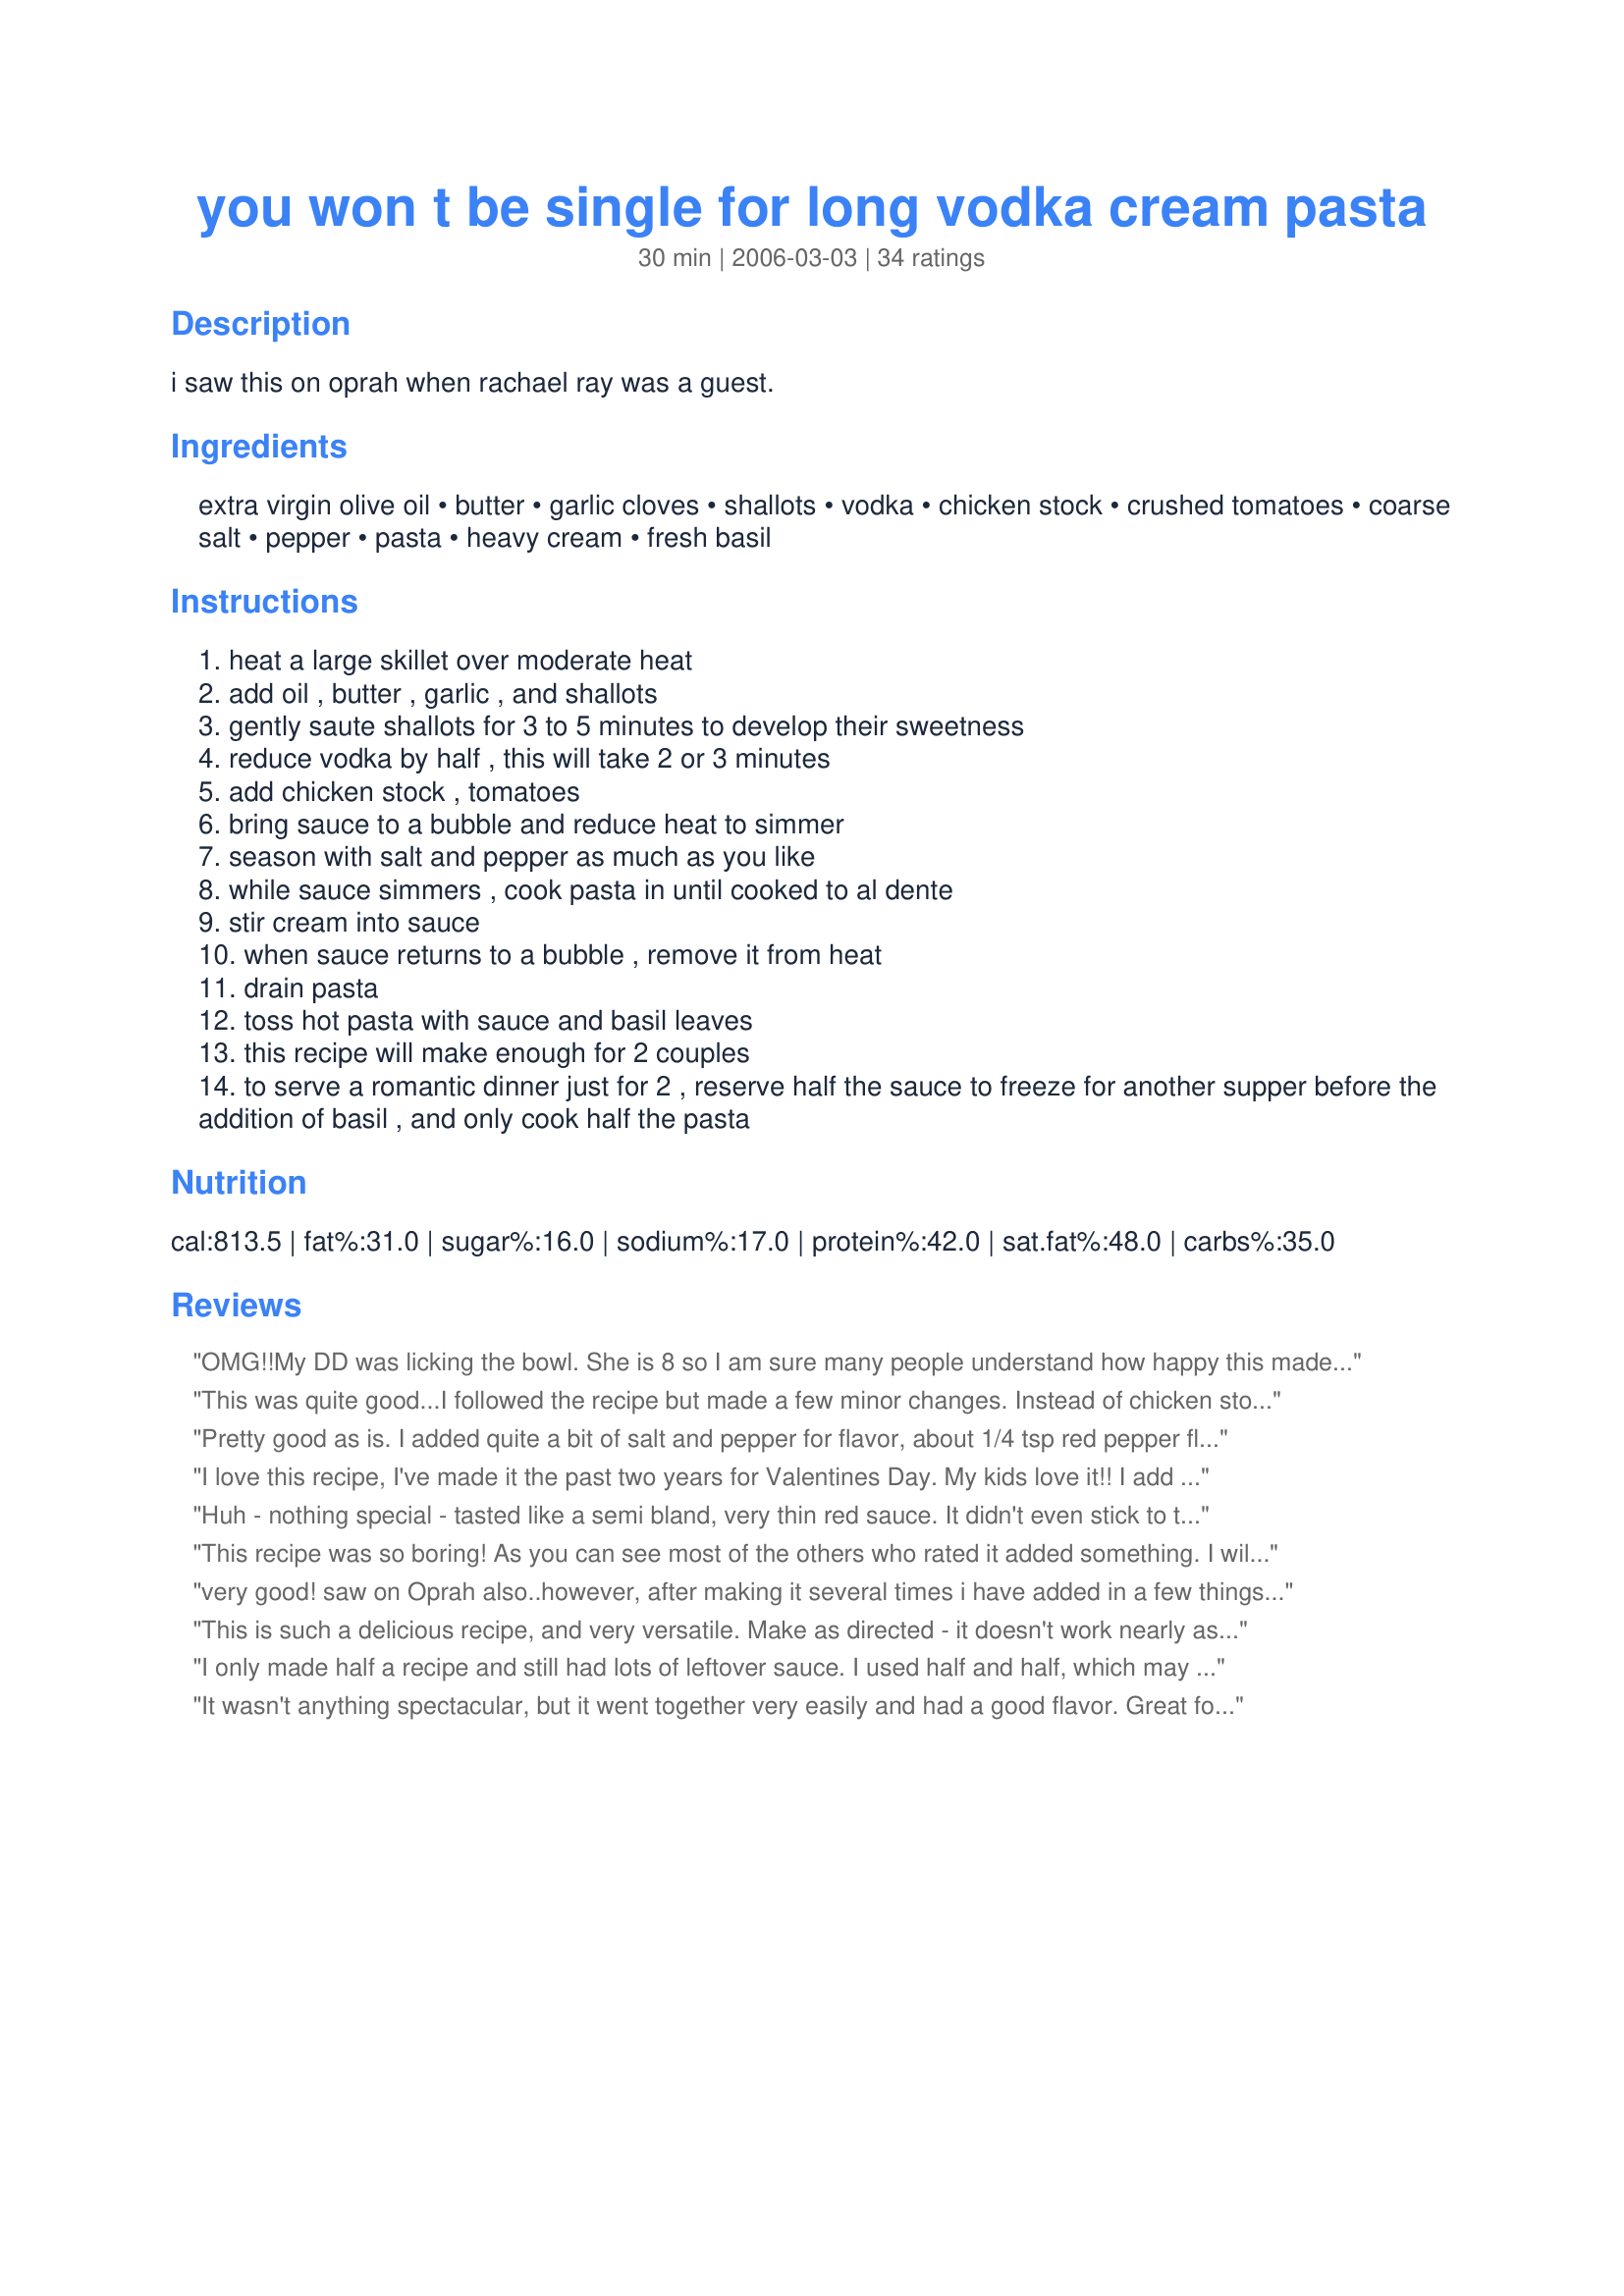
you won t be single for long vodka cream pasta
Preparation time: 30 minutes

i saw this on oprah when rachael ray was a guest.

Ingredients:
extra virgin olive oil, butter, garlic cloves, shallots, vodka, chicken stock, crushed tomatoes, coarse salt, pepper, pasta, heavy cream, fresh basil

Steps:
heat a large skillet over moderate heat
add oil , butter , garlic , and shallots
gently saute shallots for 3 to 5 minutes to develop their sweetness
reduce vodka by half , this will take 2 or 3 minutes
add chicken stock , tomatoes
bring sauce to a bubble and reduce heat to simmer
season with salt and pepper as much as you like
while sauce simmers , cook pasta in until cooked to al dente
stir cream into sauce
when sauce returns to a bubble , remove it from heat
drain pasta
toss hot pasta with sauce and basil leaves
this recipe will make enough for 2 couples
to serve a romantic dinner just for 2 , reserve half the sauce to freeze for another supper before the addition of basil , and only cook half the pasta

Reviews:
OMG!!My DD was licking the bowl. She is 8 so I am sure many people understand how happy this made me. She wants me to keep this recipe a family secret. I loved it too. Thanks for sharing * Pamela * !
This was quite good...I followed the recipe but made a few minor changes. Instead of chicken stock I used vegetable broth...and instead of fresh basil I used crushed basil from the spice rack. For the salt, I found that I had to add about 1 Tbsp. salt.
I did find the sauce a bit runny at the end so I added about 1/2 cup grated Parmesan Cheese to absorb some of the liquid and thicken it up. After sitting for about 5 minutes it thickened up a bit. However, I think next time I think I might try only 1/2 cup broth instead.
I will definitely make this again.

thanks.
Pretty good as is. I added quite a bit of salt and pepper for flavor, about 1/4 tsp red pepper flakes and topped with parmigiana cheese. The sauce was a bit thin so I may reduce the chicken stock and crushed tomatoes next time. It was very flavorful. The basil makes a huge difference. I would definitely make again.
I love this recipe, I've made it the past two years for Valentines Day. My kids love it!! I add shrimp to mine.
Huh - nothing special - tasted like a semi bland, very thin red sauce. It didn't even stick to the pasta....however, the liquid was yummy when sopped up by the bread we served along side.
This recipe was so boring! As you can see most of the others who rated it added something. I will not make it again. A big dissapointment.
very good! saw on Oprah also..however, after making it several times i have added in a few things. I like to saute some pancetta and add it into the sauce and i also saute some chicken by coating it w/ s&p and saute it in more shallots...sometimes i bread the chicken also...there are many things you can do to this recipe to add more substance to your meal
This is such a delicious recipe, and very versatile. Make as directed - it doesn't work nearly as well with tomatoes that aren't crushed or when you skimp on the cream.
I only made half a recipe and still had lots of leftover sauce. I used half and half, which may have resulted in a less flavorful sauce. I added some prosciutto and mushrooms as well as a lot of basil.
It wasn't anything spectacular, but it went together very easily and had a good flavor. Great for picky Italian eaters and veterans alike.
I also saw this on Oprah! I immediately went to the website and printed the recipe. I love the flavors in this - it makes my heart happy! I think it would be really good with itallian sausage and mushrooms...but I loved it as is - made exactly according to the recipe. Mmmmmm!!! It also freezes and reheats well! And it made A LOT!!!
Excellent and easy recipe!! I however let the sauce simmer more so it thickens and I add some Parmesan Cheese for some extra flavor. Also, there is no need to use a 32 oz can, use a 28 oz can for a thicker and richer sauce!! Enjoy! :)
I made this straight out of "30 minute meals 2" and we loved it. It's super easy to make and has a great flavor. It's even better with mushrooms and italian sausage added.
I rate this a 3 because I tried to remember the recipe by heart from the Oprah show and I'm not sure if thats how it was suppose to taste...I used Heavy Whipping Cream instead of just plain heavy cream..and I used Fettucini noodles...If you are going to make this dish..I would thoroughly read the instructions first..or better yet..print them.
We loved it, but I made it according to the notes I took from watching Racheal Ray on her 30 minutes meals show. The difference was that she only seemed to pour in a 1/2 cup of vodka on the show, and less basil, and it came out perfect for us. It is now a regular in our house.
Oh gosh this is a really good one. I have made it twice in one week and it gets gobbled up each time. I do like to add a little prosciutto but ohter than that I do not deviate from the recipe as stated. THanks Pamela!!!
This was very good, and very easy. I am only giving it 4 stars tho, because when made as the recipe states, I too found it to be a bit bland. I added more basil, a tablespoon of sugar (needed it to balance the flavor, not to make it sweet) and a good handful of grated Romano cheese. I served it with Recipe# 59626 Cheesecake Factory Romano Chicken, and a thick slice of a good roasted garlic bread. It was really good.
Excellent sauce- 'nuff said. Thanks for posting !
Quick, easy & flavorful! I used fat free half and half mixed with 1 tbs. cornstarch instead of the heavy cream and I served it with pan grilled chicken. Thanks for posting!
very good tasting, but mine was runny, like soup. maybe I didn't let it cook down long enough at each point. and I used diced tomatoes rather than crushed. hubby still wants leftovers for lunch tomorrow though, so it's a keeper!
Great! DS loved it. Mine also was runny even though I added shittake and white mushrooms along with sweet sausage. All and all though it was a good recipe.
Made for our Valentines Day dinner (late on reviewing...sorry) and served over recipe #131915. We both enjoyed this tasty creamy sauce. I used half and half instead of cream and also dried basil, since I had no fresh basil on hand. It was a nice meal and as you said I put the other half of the sauce into the freezer for a future feast.
I make this semi regularly and it is delicious! It is supposed to make four servings, but I get 6-8 and my boys are big eaters. I made it last time with half and half and it is still delicious! The sauce also freezes very well with or without the cream.
Made this tonight for dinner. Followed the recipe exactly and we all loved it. Nice comfort food. Easy and quick. Will definitely make this again. I think it would be good with sliced, grilled chicken breast added as well.
I agree with other reviewers that this recipe was easy. I gave it 2 stars (fair) because we found it pretty bland. If you have to make a number of changes to pump up the flavor, I see this as a different recipe. I wouldn't make this again.
Outstanding! We added turkey sausage (casings removed and browned) and it was delicious. The serving count is way more than 4 - we got 6 with leftovers after some had seconds.
This is delish! Whole family loved.
Great recipe. My husband does not tomato based sauces, but he really liked this one. I used fat free half and half and omitted the butter. It was great! It would easily feed 4-5 adults. Thank you for sharing!
Great recipe but I am not sure why it is in with lighter fare. At 800 calories, 20g of fat and 19 weight watchers points per serving this is most certainly not light. Next time I will try it without the heavy cream to see if it is still as great... maybe fat free sour cream?
This sauce is very good as written. I add leftover ham from the holidays to the sauce and let everything simmer a bit, top with grated Parmigiano Reggiano cheese. Serve with a spinach/field greens salad and crusty whole grain baked bread. My family loves this meal, as it is different than typical pasta dishes.
This is a wonderful pasta sauce. I added mild Italian sausage, removed from the casings and browned and some sliced mushrooms sauted in a little EVOO. I also used the fat-free half and half and it was still rich-tasting and delicious! Thanks for posting this, Pamela- it's going straight to my "keeper" file!
We love this stuff! Usually double it so we have leftovers for lunches and sometimes add a pound of browned Italian sausage.
MMhmm!
Very yummy sauce!
